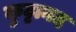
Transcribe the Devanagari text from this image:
कुट्टानद